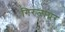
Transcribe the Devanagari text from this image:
गिरजाघ्रर